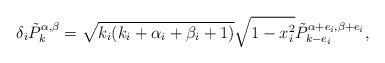
LaTeX: \begin{align*} \delta_i\tilde{P}_{k}^{\alpha,\beta}=\sqrt{k_i(k_i+\alpha_i+\beta_i+1)}\sqrt{1-x_i^2}\tilde{P}_{k-e_i}^{\alpha+e_i,\beta+e_i},\end{align*}